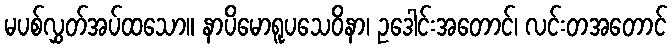
မပစ်လွှတ်အပ်ထသော။ နာပိမောရူပသေဝိနာ၊ ဥဒေါင်းအတောင်၊ လင်းတအတောင်